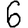
Digit: 6